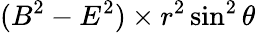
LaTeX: (B^{2}-E^{2})\times r^{2}\sin^{2}\theta